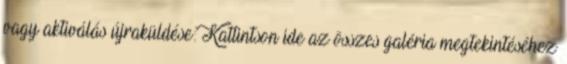
vagy aktiválás újraküldése: Kattintson ide az összes galéria megtekintéséhez